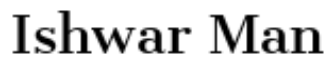
Ishwar Man